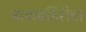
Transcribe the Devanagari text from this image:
ढाकबहिरीचा